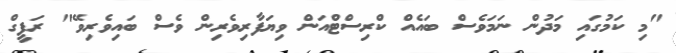
"މި ކަމުގައި މަދުން ނަމަވެސް ބައެއް ކްރިސްޓްއަން ވިޔަފާރިވެރިން ވެސް ބައިވެރިވޭ" ރަފީގް